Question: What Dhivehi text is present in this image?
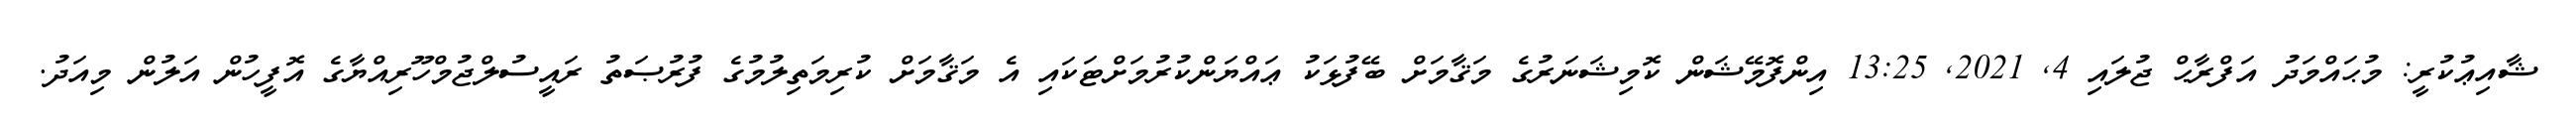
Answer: ޝާއިޢުކުރީ: މުޙައްމަދު އަފްރާޙް ޖުލައި 4, 2021, 13:25 އިންފޮމޭޝަން ކޮމިޝަނަރުގެ މަޤާމަށް ބޭފުޅަކު ޢައްޔަންކުރުމަށްޓަކައި އެ މަޤާމަށް ކުރިމަތިލުމުގެ ފުރުޞަތު ރައީސުލްޖުމްހޫރިއްޔާގެ އޮފީހުން އަލުން މިއަދު.